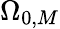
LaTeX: \Omega_{0,M}